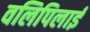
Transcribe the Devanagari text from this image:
वलिपिलाई